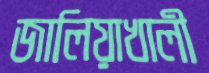
জালিয়াখালী